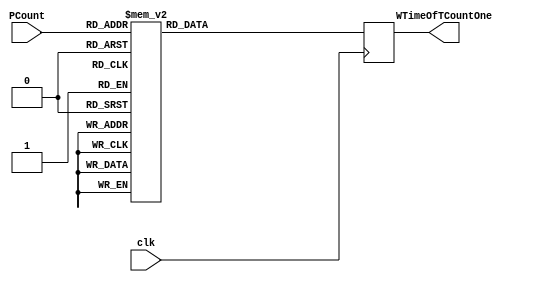
`timescale 1ns / 1ps
//////////////////////////////////////////////////////////////////////////////////
// Company: 
// Engineer: 
// 
// Design Name: 
// Module Name: MemTCountOne
// Project Name: 
// Target Devices: 
// Tool Versions: 
// Description: 
// 
// Dependencies: 
// 
// Revision:
// Revision 0.01 - File Created
// Additional Comments:
// 
//////////////////////////////////////////////////////////////////////////////////


module MemTCountOne(
    input clk,
    input [2:0] PCount,
    output reg [4:0]  WTimeOfTCountOne
    );
    
   always @(posedge clk)
   begin
   case (PCount)
   
   3'b000:WTimeOfTCountOne=5'b00000;
   3'b001:WTimeOfTCountOne=5'b00011;
   3'b010:WTimeOfTCountOne=5'b00110;
   3'b011:WTimeOfTCountOne=5'b01001;
   3'b100:WTimeOfTCountOne=5'b01100;
   3'b101:WTimeOfTCountOne=5'b01111;
   3'b110:WTimeOfTCountOne=5'b10010;
   3'b111:WTimeOfTCountOne=5'b10101;
   default:WTimeOfTCountOne=5'b00000;
   
   
   
   endcase 
   end
endmodule